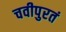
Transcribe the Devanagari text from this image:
चवीपुरतं